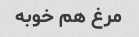
مرغ هم خوبه